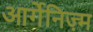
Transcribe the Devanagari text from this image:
आर्गेनिज़्म